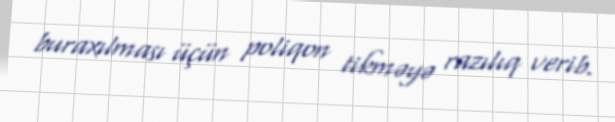
buraxılması üçün poliqon tikməyə razılıq verib.